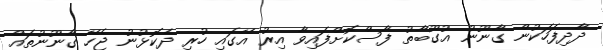
ދާދިފަހަކުން ގާނޫނު އުގޫބާތު ފާސްކޮށްފައިވާ އިރު އޭގައި ހުރި ދެކޮޅުނު ޖެހޭ ގާނޫނުތައް